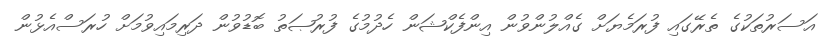
އަސަރުތަކުގެ ތެރޭގައި ފުރަމެޔަށް ގެއްލުންވުން އިންފެކްޝަން ހެދުމުގެ ފުރުޞަތު ބޮޑުވުން ދަރިމައިވުމަށް ހުރަސްއެޅުން